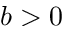
b > 0